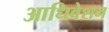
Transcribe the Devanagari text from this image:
आधिवेशन